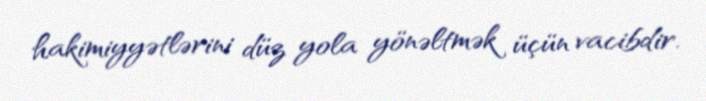
hakimiyyətlərini düz yola yönəltmək üçün vacibdir.